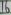
Text: 16